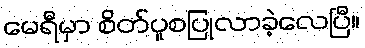
မေရီမှာ စိတ်ပူစပြုလာခဲ့လေပြီ။